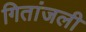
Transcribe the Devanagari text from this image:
गितांजली